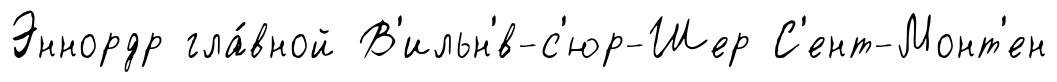
Эннордр гла́вной В'ильн'́в-с'юр-Шер С'ент-Монт'ен